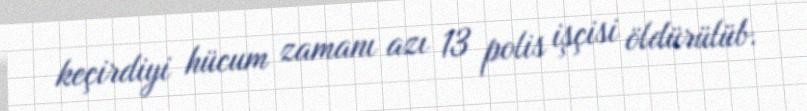
keçirdiyi hücum zamanı azı 13 polis işçisi öldürülüb.